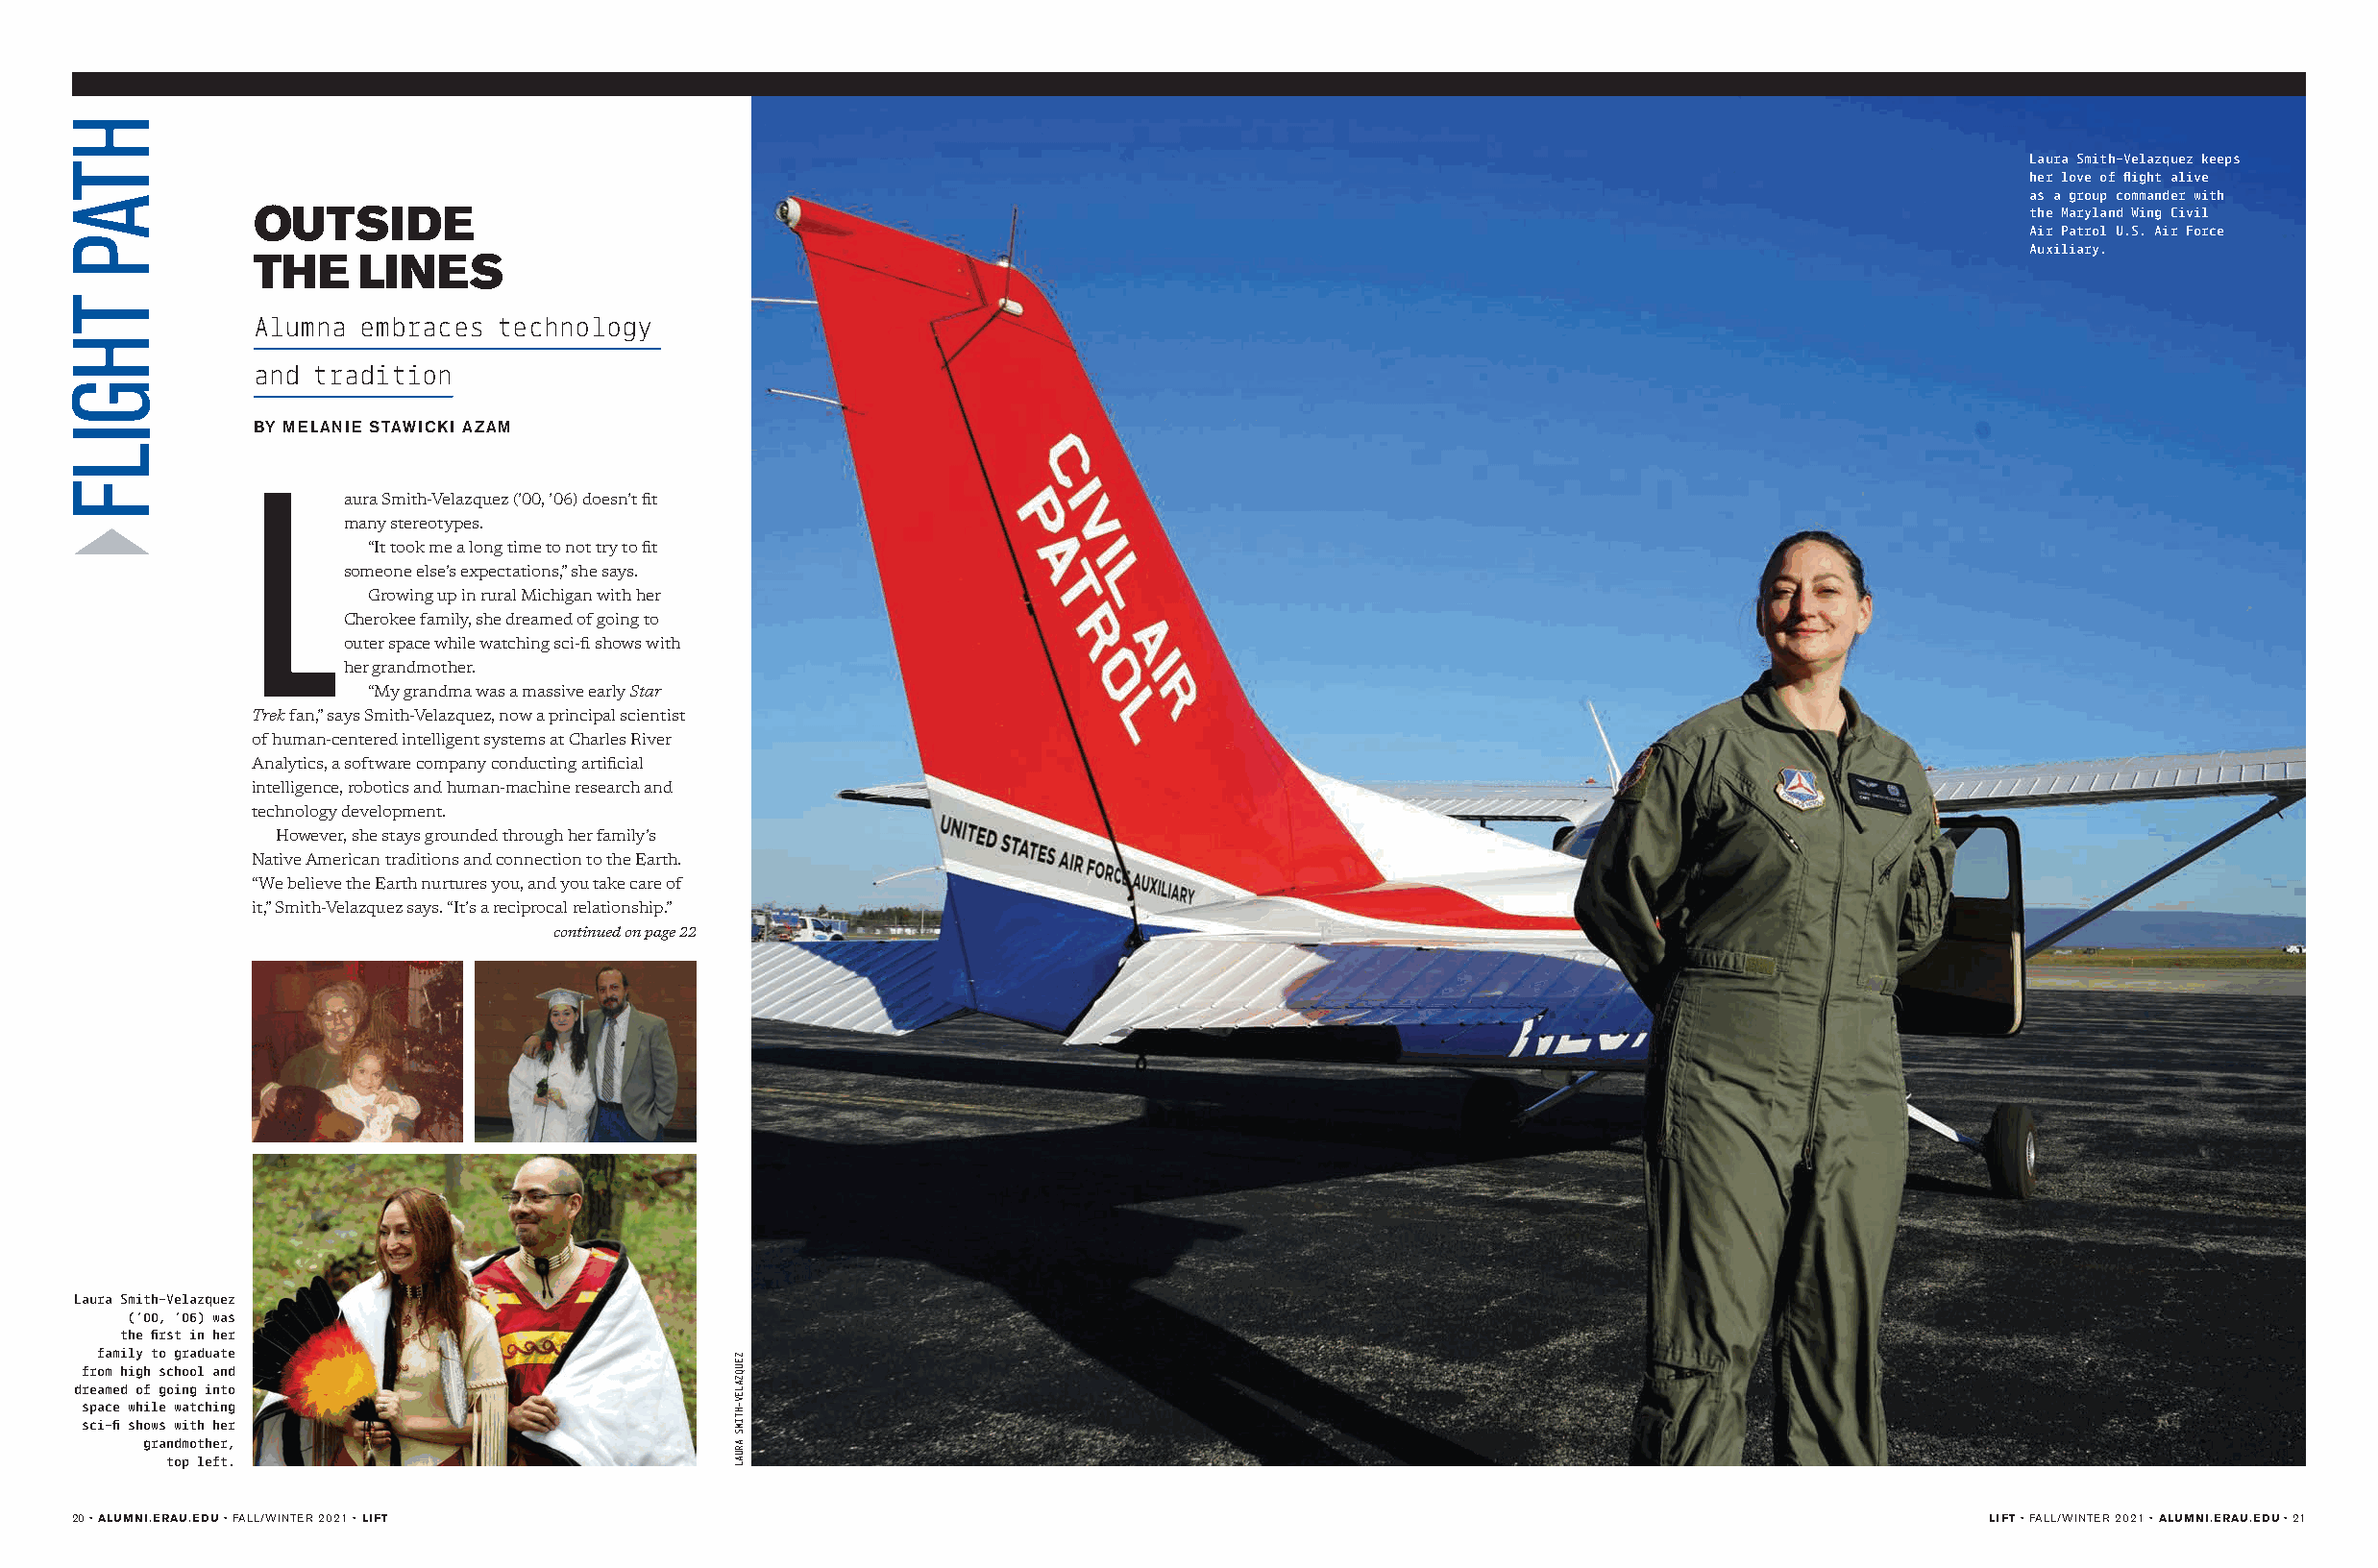
Laura Smith-Velazquez keeps
 her love of flight alive
 as a group commander with
 OUTSIDE                                                                                                                    the Maryland Wing Civil
 Air Patrol U.S. Air Force
 Auxiliary.
 THE     LINES
 Alumna  embraces technology
 and  tradition
 BY MELANIE STAWICKI AZAM
 L
 aura Smith-Velazquez (’00, ’06) doesn’t fit
 many stereotypes.
 “It took me a long time to not try to fit
 someone else’s expectations,” she says.
 Growing up in rural Michigan with her
 Cherokee family, she dreamed of going to
 outer space while watching sci-fi shows with
 her grandmother.
 “My grandma was a massive early Star
 Trek fan,” says Smith-Velazquez, now a principal scientist
 of human-centered intelligent systems at Charles River
 Analytics, a software company conducting artificial
 intelligence, robotics and human-machine research and
 technology development.
 However, she stays grounded through her family’s
 Native American traditions and connection to the Earth.
 “We believe the Earth nurtures you, and you take care of
 it,” Smith-Velazquez says. “It’s a reciprocal relationship.”
 continued on page 22
 Laura Smith-Velazquez
 (’00, ’06) was
 the first in her
 family to graduate
 from high school and
 dreamed of going into
 space while watching
 sci-fi shows with her
 grandmother,
 top left.
 20 • ALUMNI.ERAU.EDU • FALL/WINTER 2021 • LIFT                                                                                      LIFT • FALL/WINTER 2021 • ALUMNI.ERAU.EDU • 21
 HTAP
 THGILF
 ZEUQZALEV-HTIMS
 ARUAL